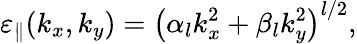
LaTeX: \varepsilon_{\parallel}(k_{x},k_{y})=\left(\alpha_{l}k_{x}^{2}+\beta_{l}k_{y}^{2}\right)^{l/2},